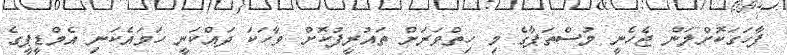
ފާހަގަކޮށްލަން ޖެހެނީ މުސްތަފާގެ މި ހިތްވަރަށް ތައުރީފުކޮށް ވާހަކަ ދައްކަނީ ހަމައެކަނި އެމްޑީޕީގެ